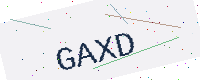
Text: GAXD